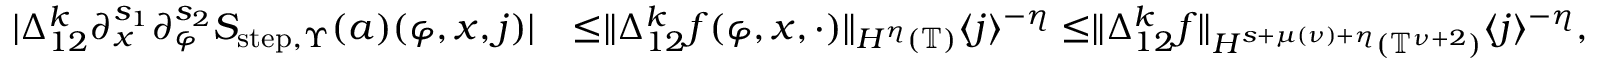
\begin{array} { r l } { | \Delta _ { 1 2 } ^ { k } \partial _ { x } ^ { s _ { 1 } } \partial _ { \varphi } ^ { s _ { 2 } } S _ { \mathrm { s t e p } , \Upsilon } ( a ) ( \varphi , x , j ) | } & { \le \rVert \Delta _ { 1 2 } ^ { k } f ( \varphi , x , \cdot ) \rVert _ { H ^ { \eta } ( \mathbb { T } ) } \langle j \rangle ^ { - \eta } \le \rVert \Delta _ { 1 2 } ^ { k } f \rVert _ { H ^ { s + \mu ( \nu ) + \eta } ( \mathbb { T } ^ { \nu + 2 } ) } \langle j \rangle ^ { - \eta } , } \end{array}